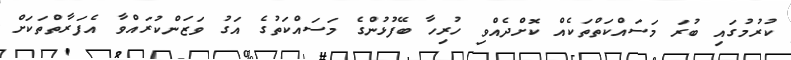
ކުރުމުގައި ބުރަ މަސައްކަތްތަކެއް ކޮށްދެއްވި ހުރިހާ ބޭފުޅުންގެ މަސައްކަތުގެ އަގު ވަޒަންކުރައްވާ އެފަރާތްތަކަށް